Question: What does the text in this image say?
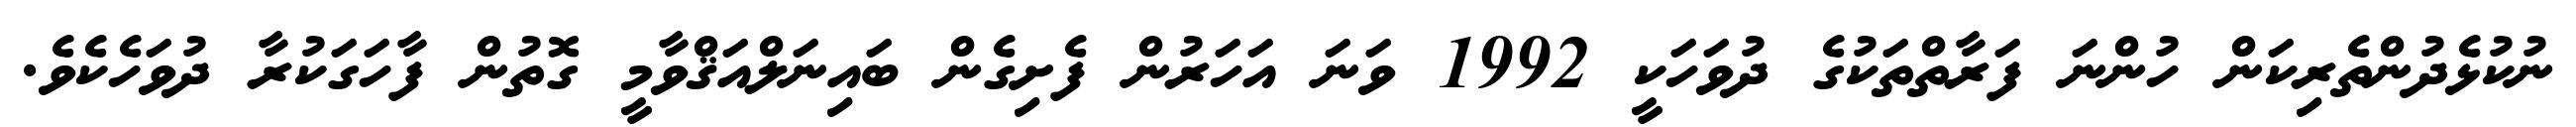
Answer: ނުކުޅެދުންތެރިކަން ހުންނަ ފަރާތްތަކުގެ ދުވަހަކީ 1992 ވަނަ އަހަރުން ފެށިގެން ބައިނަލްއަޤްވާމީ ގޮތުން ފާހަގަކުރާ ދުވަހެކެވެ.